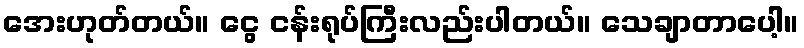
အေးဟုတ်တယ်။ ငွေ ငန်းရုပ်ကြီးလည်းပါတယ်။ သေချာတာပေါ့။